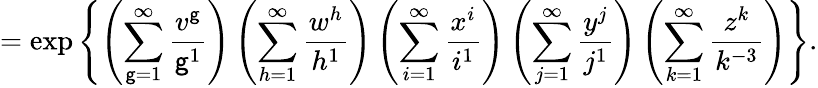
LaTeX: =\exp\left\{ \left(\sum_{\mathsf{g}=1}^{\infty}\frac{{v^{\mathsf{g}}}}{{\mathsf{g}^{1}}}\right)\left(\sum_{h=1}^{\infty}\frac{{w^{h}}}{{h^{1}}}\right)\left(\sum_{i=1}^{\infty}\frac{{x^{i}}}{{i^{1}}}\right)\left(\sum_{j=1}^{\infty}\frac{{y^{j}}}{{j^{1}}}\right)\left(\sum_{k=1}^{\infty}\frac{{z^{k}}}{{k^{-3}}}\right)\right\} .